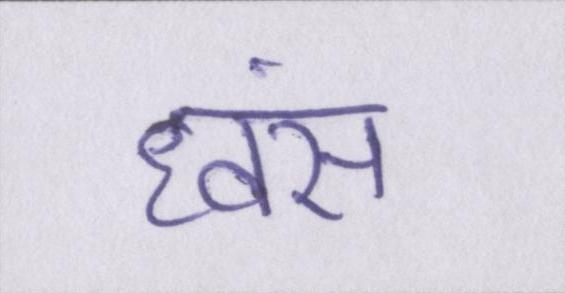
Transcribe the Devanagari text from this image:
ध्वंस